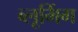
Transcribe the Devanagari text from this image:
ब्लूमिंग